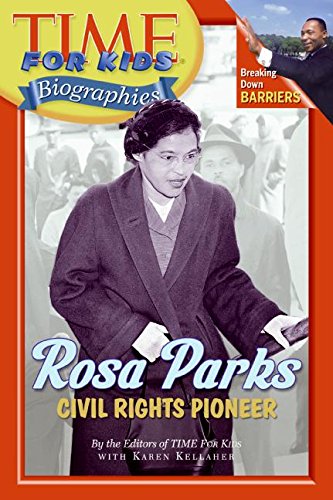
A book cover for Time For Kids: Rosa Parks: Civil Rights Pioneer (Time for Kids Biographies); Editors of TIME For Kids; Children's Books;